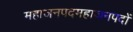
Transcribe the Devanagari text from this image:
महाजनपदमहाजनपदों